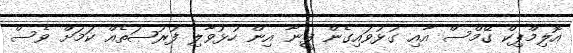
އޮލިމްޕިކް ގޭމްސް އާއި ގުޅުވައިގެން ފީނާ އިން ހުޅުވާލި ފުރުޞަތެއް ކަމަށް ވެސް